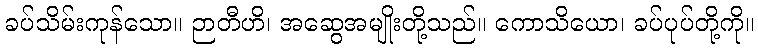
ခပ်သိမ်းကုန်သော။ ဉာတီဟိ၊ အဆွေအမျိုးတို့သည်။ ကောသိယော၊ ခပ်ပုပ်တို့ကို။